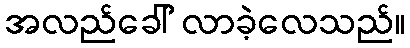
အလည်ခေါ် လာခဲ့လေသည်။